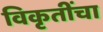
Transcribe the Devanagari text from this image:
विकृतींचा